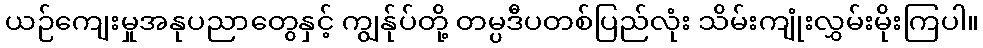
ယဉ်ကျေးမှုအနုပညာတွေနှင့် ကျွန်ုပ်တို့ တမ္ပဒီပတစ်ပြည်လုံး သိမ်းကျုံးလွှမ်းမိုးကြပါ။